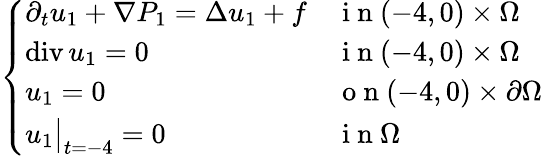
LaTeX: \begin{array}{r}{\left\{ \begin{array}{ll}{\partial_{t}u_{1}+\nabla P_{1}=\Delta u_{1}+f}&{\mathrm{~i~n~}(-4,0)\times\Omega}\\ {\operatorname{div}u_{1}=0}&{\mathrm{~i~n~}(-4,0)\times\Omega}\\ {u_{1}=0}&{\mathrm{~o~n~}(-4,0)\times\partial\Omega}\\ {u_{1}\bigr\rvert_{t=-4}=0}&{\mathrm{~i~n~}\Omega}\end{array}\right.}\end{array}